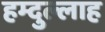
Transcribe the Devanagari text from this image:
हम्दुल्लाह